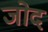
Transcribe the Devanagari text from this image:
जोद